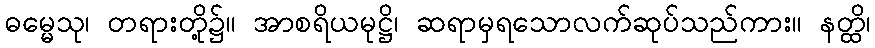
ဓမ္မေသု၊ တရားတို့၌။ အာစရိယမုဋ္ဌိ၊ ဆရာမှရသောလက်ဆုပ်သည်ကား။ နတ္ထိ၊